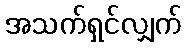
အသက်ရှင်လျှက်